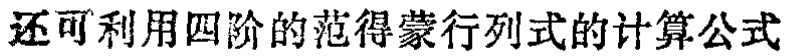
还可利用四阶的范得蒙行列式的计算公式